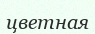
цветная